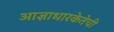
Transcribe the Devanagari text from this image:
आज्ञाधारकेतेची